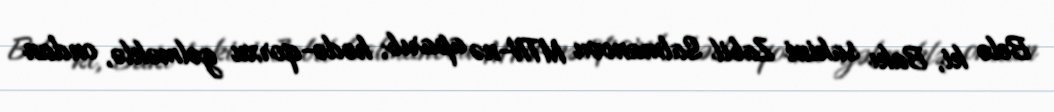
Belə ki, Bakı sakini Zabil Salmanovu MTN-nə aparıb, hədə-qorxu gəlməklə, ondan